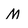
Character: M